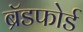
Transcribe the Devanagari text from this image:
ब्रॅडफोर्ड